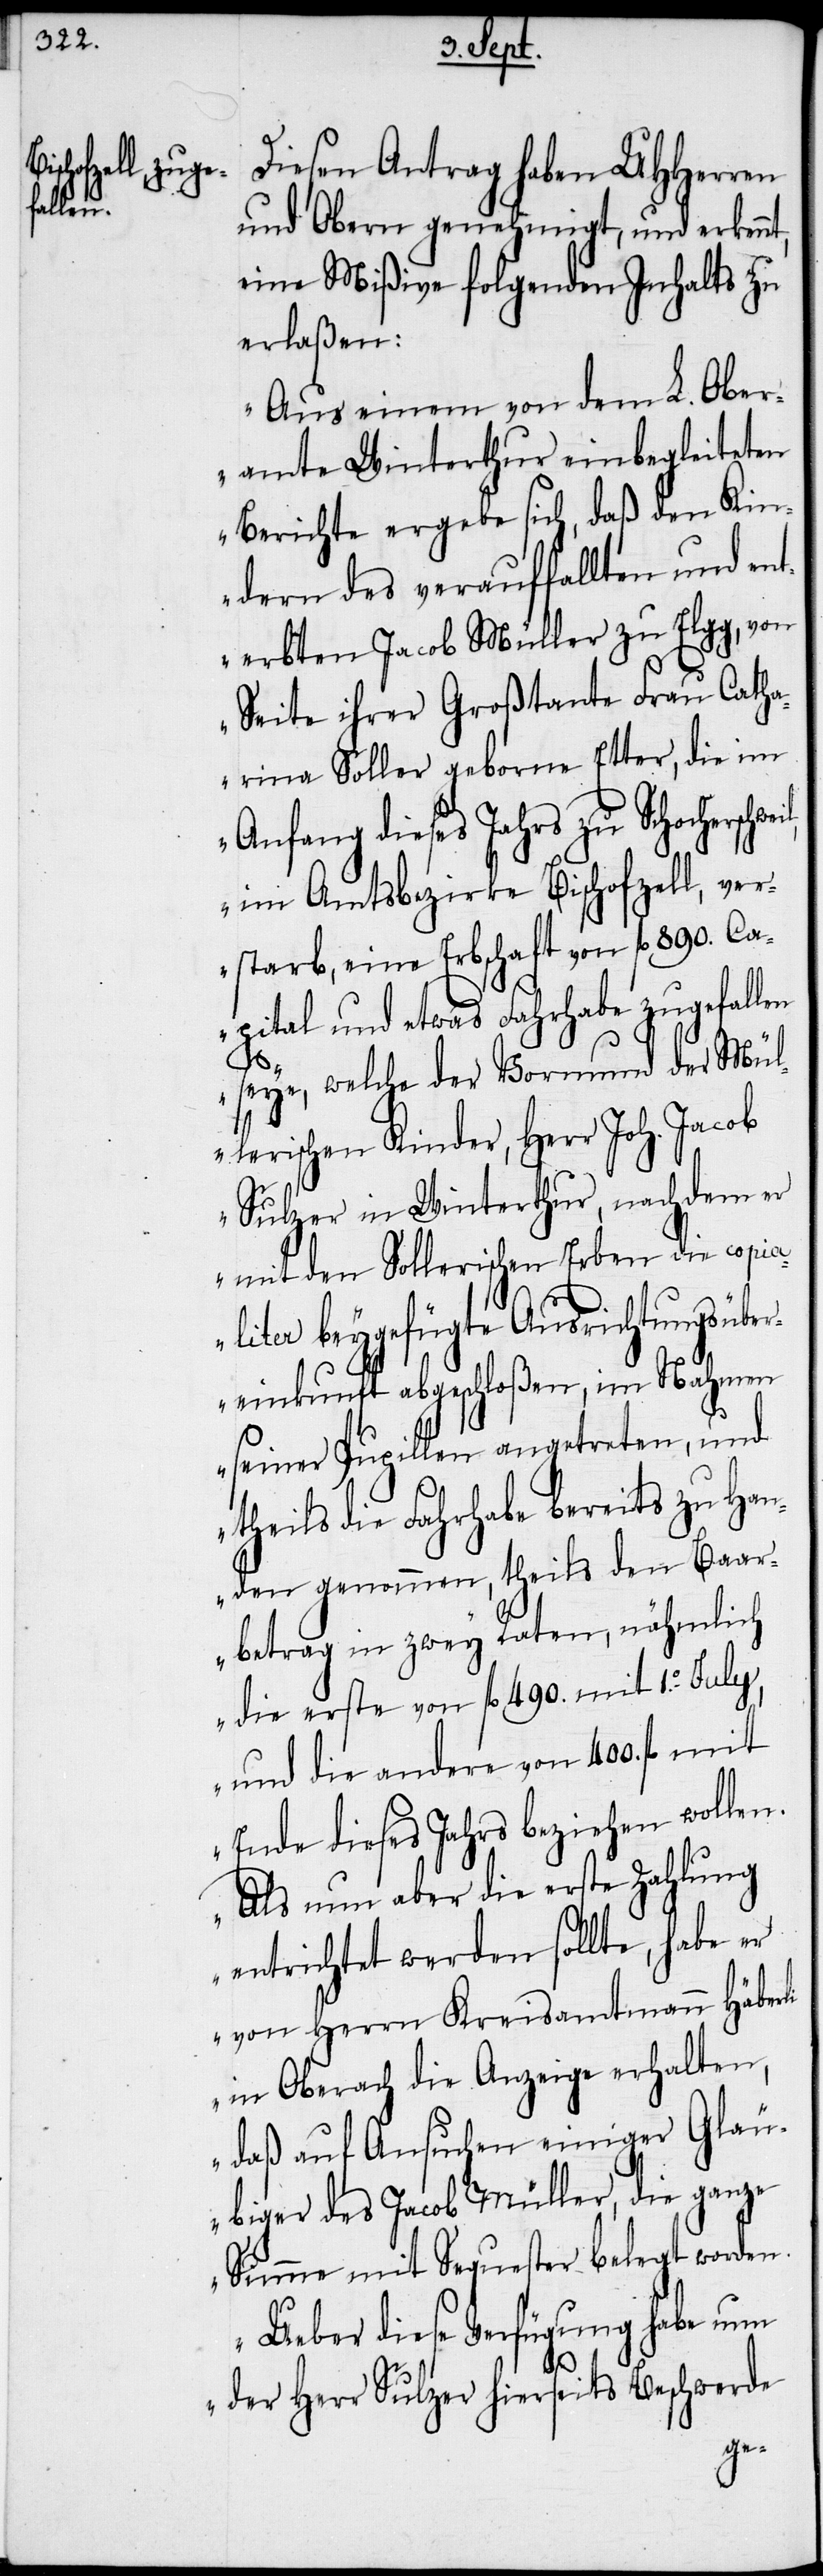
eil,

Diesen Antrag haben UHHerren
und Obern genehmigt, und erkennt,
eine Mißive folgenden Inhalts zu
erlaßen:
„Aus einem von dem L. Ober¬
amte Winterthur einbegleiteten
Berichte ergebe sich, daß den Kin¬
dern des verauffallten und ent¬
erbten Jacob Müller zu Elgg, von
Seite ihrer Großtante Frau Cath¬
arina Soller geborne Etter, die im
Anfang dieses Jahrs zu Schocherschw¬
im Amtsbezirke Bischofzell, ver¬
starb, eine Erbschaft von fl 890. Ca¬
pital und etwas Fahrhabe zugefallen
seye, welche der Vormund der Mül¬
lerischen Kinder, Herr Joh. Jacob
Sulzer in Winterthur, nachdem er
mit den Sollerischen Erben die copia¬
liter beygefügte Ausrichtungsüber¬
einkunft abgeschloßen, im Nahmen
seiner Pupillen angetreten, und
theils die Fahrhabe bereits zu Han¬
den genommen, theils den Baar¬
betrag in zwey Raten, nähmlich
die erste von fl 490. mit 1.o July,
und die andere von 400. fl mit
Ende dieses Jahrs beziehen wollen.
Als nun aber die erste Zahlung
entrichtet werden sollte, habe er
von Herrn Kreisamtmann Häberli
in Oberach die Anzeige erhalten,
daß auf Ansuchen einiger Gläu¬
biger des Jacob Müller, die ganze
Summe mit Sequester belegt worden.
Ueber diese Verfügung habe nun
der Herr Sulzer hierseits Beschwerde